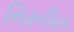
નિરૂપિત